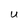
Character: e